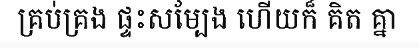
គ្រប់គ្រង ផ្ទះសម្បែង ហើយក៏ គិត គ្នា